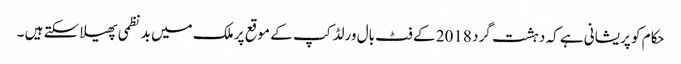
حکام کو پریشانی ہے کہ دہشت گرد 2018 کے فٹ بال ورلڈ کپ کے موقع پر ملک میں بد نظمی پھیلا سکتے ہیں ۔